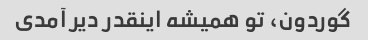
گوردون، تو همیشه اینقدر دیر آمدی